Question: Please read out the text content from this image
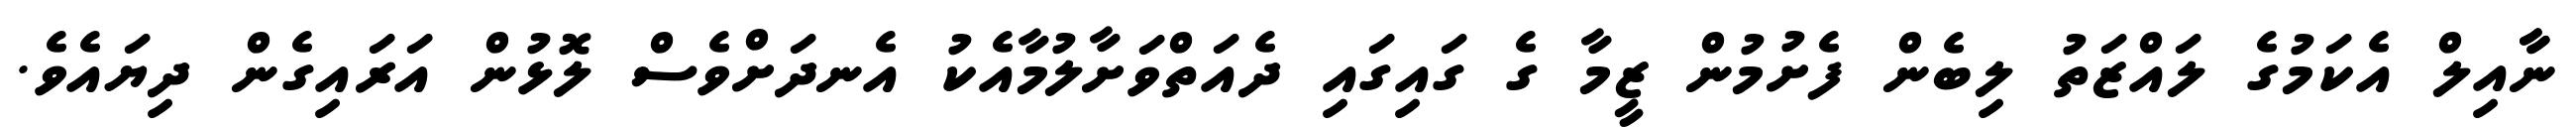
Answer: ނާާއިލް އެކަމުގެ ލައްޒަތު ލިބެން ފެށުމުން ޒީމާ ގެ ގައިގައި ދެއަތްވަށާލުމާއެކު އެނދަށްވެސް ލޮޅުން އަރައިގެން ދިޔައެވެ.